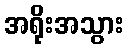
အရိုးအသွား